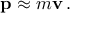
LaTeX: \mathbf { p } \approx m \mathbf { v } \, .